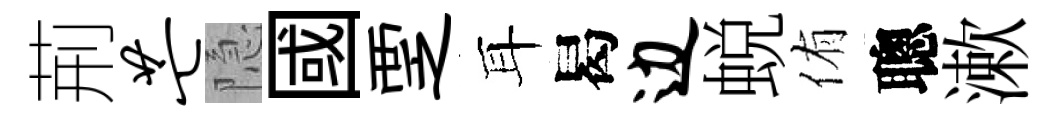
荊芒隐國覂耳曷边蜕侑聰漱